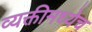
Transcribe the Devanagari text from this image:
व्यक्तीमध्येच